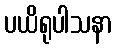
ပယိရုပါသနာ